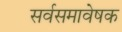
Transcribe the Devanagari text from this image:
सर्वसमावेषक